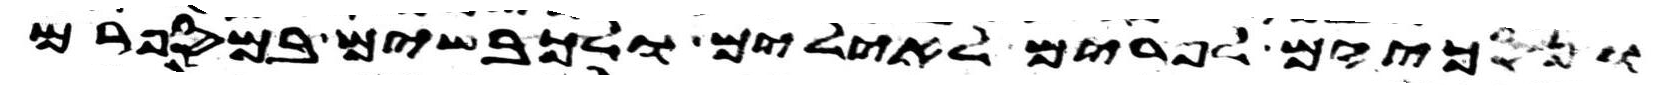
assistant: ונסכיהם לפרים לאילים ולכבשים במספרם